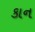
કાન